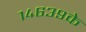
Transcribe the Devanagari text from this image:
१४६३९के